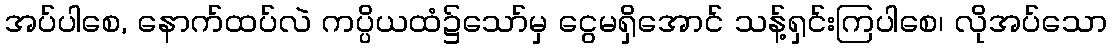
အပ်ပါစေ, နောက်ထပ်လဲ ကပ္ပိယထံ၌သော်မှ ငွေမရှိအောင် သန့်ရှင်းကြပါစေ၊ လိုအပ်သော